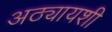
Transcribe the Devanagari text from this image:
अठ्यायशी